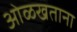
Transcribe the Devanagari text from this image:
ओळखताना